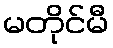
မတိုင်မီ